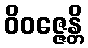
ဝိဝဇ္ဇေန္တိ